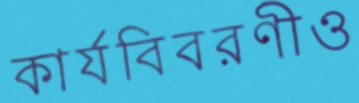
কার্যবিবরণীও